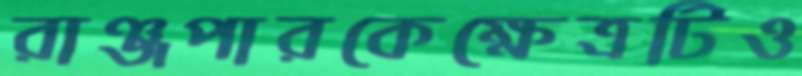
রাঞ্জপারকেক্ষেত্রটিও